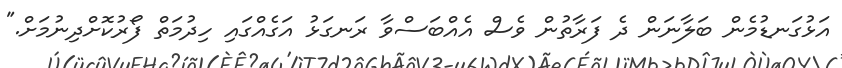
އަޅުގަނޑުމެން ބަލާނަން ދެ ފަރާތުން ވެސް އެއްބަސްވާ ރަނގަޅު އަގެއްގައި ހިދުމަތް ފޯރުކޮށްދިނުމަށް."